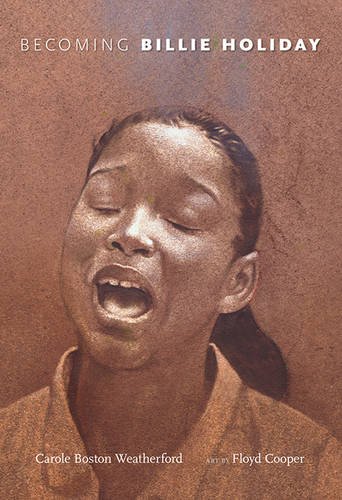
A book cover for Becoming Billie Holiday; Carole Boston Weatherford; Teen & Young Adult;